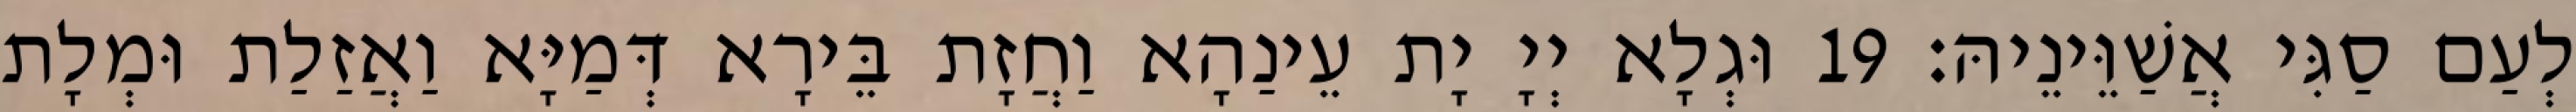
לְעַם סַגִּי אֲשַׁוֵּינֵיהּ׃ 19 וּגְלָא יְיָ יָת עֵינַהָא וַחֲזָת בֵּירָא דְּמַיָּא וַאֲזַלַת וּמְלָת